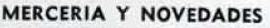
MERCERIA Y NOVEDADES